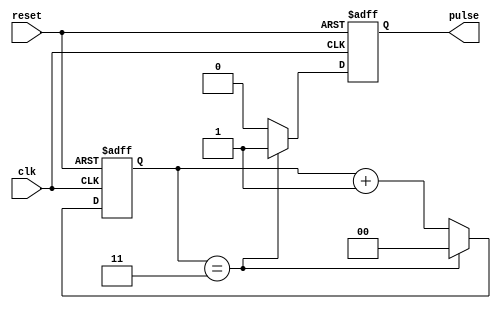
module divide_by_n_counter #(
    parameter N = 4  // Set the value of N (should be greater than 1)
)(
    input wire clk,          // Clock input
    input wire reset,        // Asynchronous reset input
    output reg pulse         // Output pulse
);

    // Calculate the number of bits needed to represent N
    localparam BIT_WIDTH = $clog2(N);
    
    reg [BIT_WIDTH-1:0] count; // Counter state

    // Asynchronous reset and counter logic
    always @(posedge clk or posedge reset) begin
        if (reset) begin
            count <= 0;         // Reset the counter to 0
            pulse <= 0;         // Reset the pulse output
        end else begin
            if (count == N-1) begin
                count <= 0;     // Reset the counter when it reaches N
                pulse <= 1;      // Generate pulse when counter resets
            end else begin
                count <= count + 1; // Increment the counter
                pulse <= 0;          // Ensure pulse is low when not at N-1
            end
        end
    end

endmodule